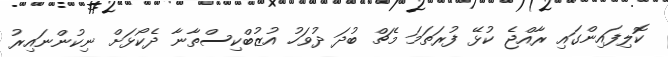
ކޮލިފައިންގައި ރާއްޖެ ކުޅޭ ފުރަތަމަ މެޗް ބުދަ ދުވަހު އުޒުބްކިސްތާނާ ދެކޯޅަށް ނިކުންނައިރު